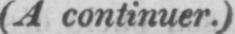
(A continuer.)